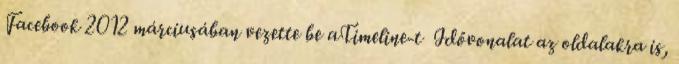
Facebook 2012 márciusában vezette be aTimeline-t Idővonalat az oldalakra is,